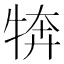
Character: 𭷦